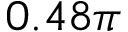
0 . 4 8 \pi